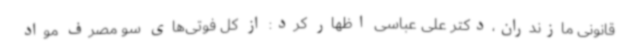
قانونی مازندران،دکتر علی عباسی اظهار کرد: از کل فوتی‌های سو مصرف مواد